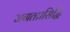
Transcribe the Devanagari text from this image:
जगतप्रसिद्धि